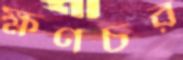
ক্ষণচর